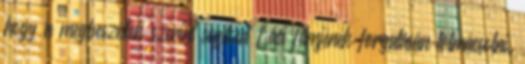
hogy a megbeszéltek szerint segítsen Laci filmjének forgatásán tolmácsolni.